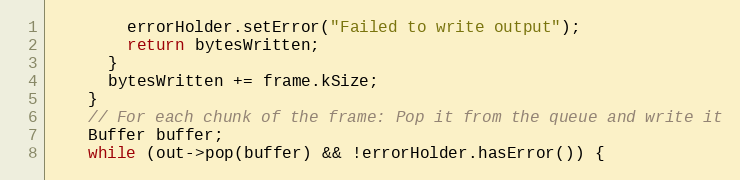
Language: C++
        errorHolder.setError("Failed to write output");
        return bytesWritten;
      }
      bytesWritten += frame.kSize;
    }
    // For each chunk of the frame: Pop it from the queue and write it
    Buffer buffer;
    while (out->pop(buffer) && !errorHolder.hasError()) {